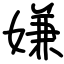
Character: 嫌